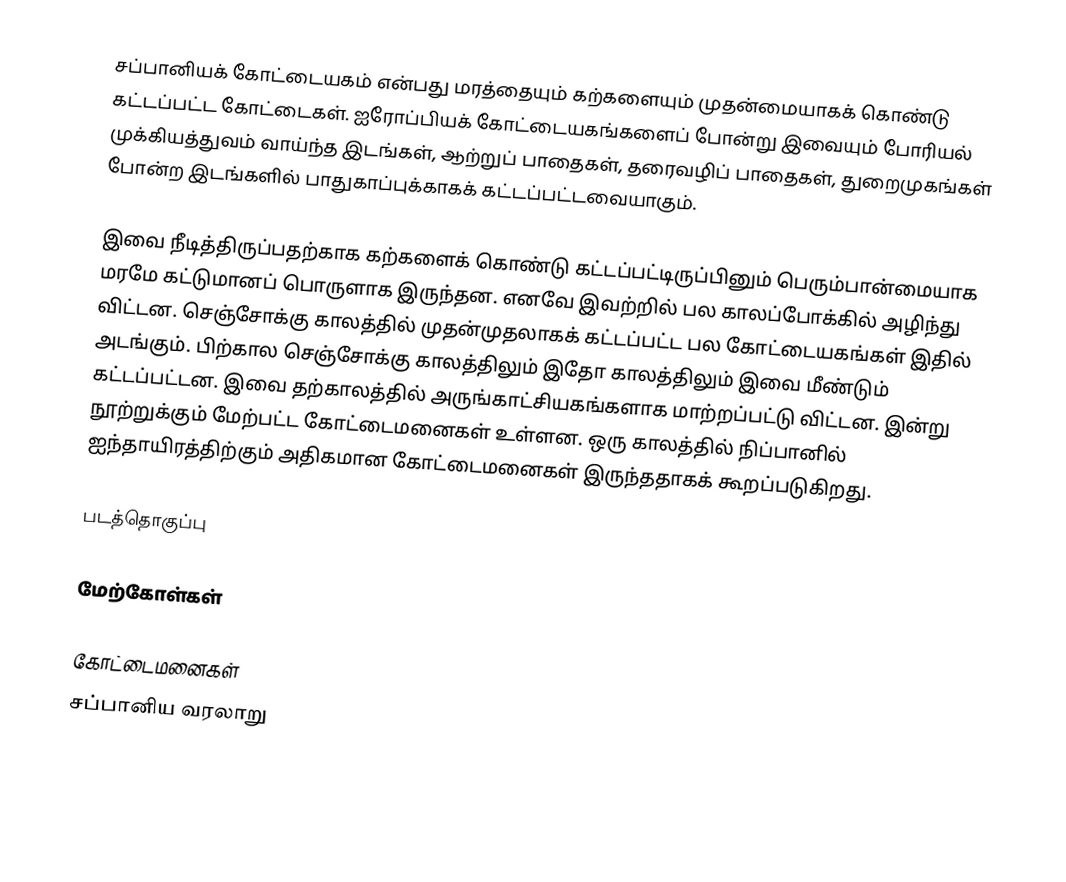
சப்பானியக் கோட்டையகம் என்பது மரத்தையும் கற்களையும் முதன்மையாகக் கொண்டு கட்டப்பட்ட கோட்டைகள். ஐரோப்பியக் கோட்டையகங்களைப் போன்று இவையும் போரியல் முக்கியத்துவம் வாய்ந்த இடங்கள், ஆற்றுப் பாதைகள், தரைவழிப் பாதைகள், துறைமுகங்கள் போன்ற இடங்களில் பாதுகாப்புக்காகக் கட்டப்பட்டவையாகும்.

இவை நீடித்திருப்பதற்காக கற்களைக் கொண்டு கட்டப்பட்டிருப்பினும் பெரும்பான்மையாக மரமே கட்டுமானப் பொருளாக இருந்தன. எனவே இவற்றில் பல காலப்போக்கில் அழிந்து விட்டன. செஞ்சோக்கு காலத்தில் முதன்முதலாகக் கட்டப்பட்ட பல கோட்டையகங்கள் இதில் அடங்கும். பிற்கால செஞ்சோக்கு காலத்திலும் இதோ காலத்திலும் இவை மீண்டும் கட்டப்பட்டன. இவை தற்காலத்தில் அருங்காட்சியகங்களாக மாற்றப்பட்டு விட்டன. இன்று நூற்றுக்கும் மேற்பட்ட கோட்டைமனைகள் உள்ளன. ஒரு காலத்தில் நிப்பானில் ஐந்தாயிரத்திற்கும் அதிகமான கோட்டைமனைகள் இருந்ததாகக் கூறப்படுகிறது.

படத்தொகுப்பு

மேற்கோள்கள்

கோட்டைமனைகள்
சப்பானிய வரலாறு